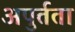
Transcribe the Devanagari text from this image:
अपुर्तता